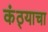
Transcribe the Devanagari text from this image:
कंठ्याचा